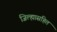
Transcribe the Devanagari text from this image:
जिल्ह्यासहित